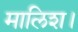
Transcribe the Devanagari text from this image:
मालिश।